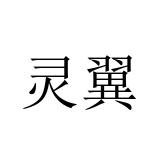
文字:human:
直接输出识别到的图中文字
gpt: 灵翼